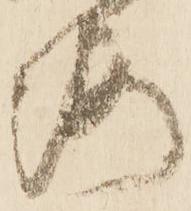
海